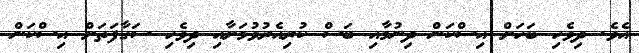
އެވެ. ދިވެހި ބަހަށް އިސްކަން ދިނުމާއި ބަސް ކުރިއެރުވުމަށާއި ދިވެހި ސަގާފަތަށް އިސްކަން